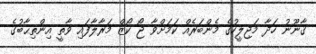
ޤާނޫނު ހަދާ މަޖިލީހުގެ މެންބަރެއް ކަމަށްވާ ޖޯ ކޯޒް މަރާލާފައި ވާތީ އިންތިޙާބުގެ